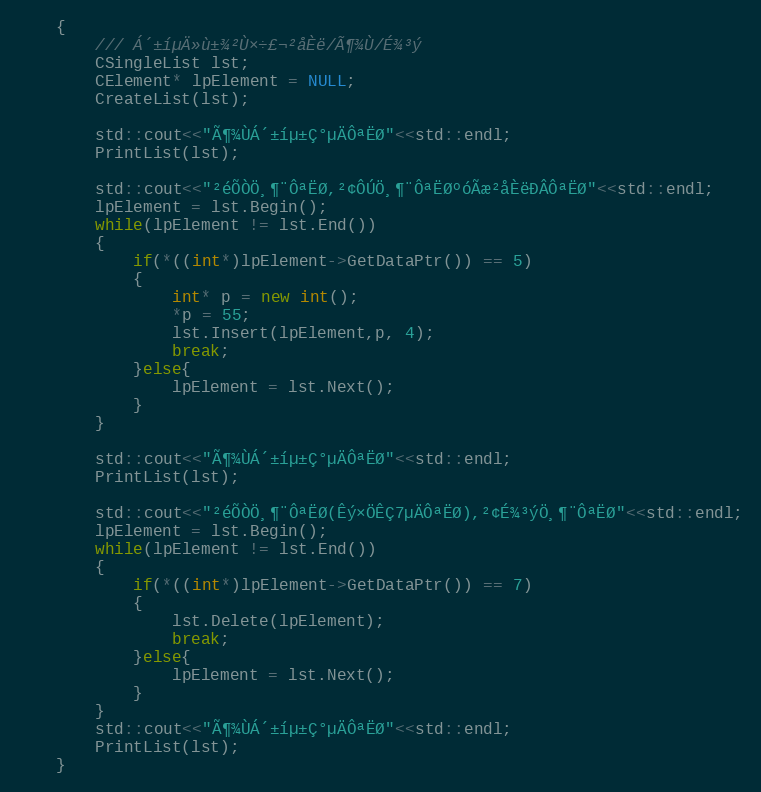
Language: C++
    {
        /// Á´±íµÄ»ù±¾²Ù×÷£¬²åÈë/Ã¶¾Ù/É¾³ý
        CSingleList lst;
        CElement* lpElement = NULL;
        CreateList(lst);

        std::cout<<"Ã¶¾ÙÁ´±íµ±Ç°µÄÔªËØ"<<std::endl;
        PrintList(lst);

        std::cout<<"²éÕÒÖ¸¶¨ÔªËØ,²¢ÔÚÖ¸¶¨ÔªËØºóÃæ²åÈëÐÂÔªËØ"<<std::endl;
        lpElement = lst.Begin();
        while(lpElement != lst.End())
        {
            if(*((int*)lpElement->GetDataPtr()) == 5)
            {
                int* p = new int();
                *p = 55;
                lst.Insert(lpElement,p, 4);
                break;
            }else{
                lpElement = lst.Next();
            }
        }

        std::cout<<"Ã¶¾ÙÁ´±íµ±Ç°µÄÔªËØ"<<std::endl;
        PrintList(lst);

        std::cout<<"²éÕÒÖ¸¶¨ÔªËØ(Êý×ÖÊÇ7µÄÔªËØ),²¢É¾³ýÖ¸¶¨ÔªËØ"<<std::endl;
        lpElement = lst.Begin();
        while(lpElement != lst.End())
        {
            if(*((int*)lpElement->GetDataPtr()) == 7)
            {
                lst.Delete(lpElement);
                break;
            }else{
                lpElement = lst.Next();
            }
        }
        std::cout<<"Ã¶¾ÙÁ´±íµ±Ç°µÄÔªËØ"<<std::endl;
        PrintList(lst);
    }